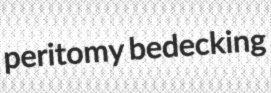
peritomy bedecking